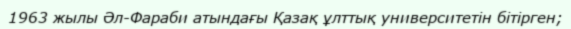
1963 жылы Әл-Фараби атындағы Қазақ ұлттық университетін бітірген;